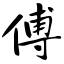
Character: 傅